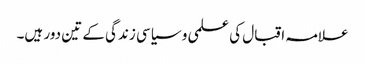
علامہ اقبال کی علمی و سیاسی زندگی کے تین دور ہیں۔